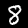
Label: 8